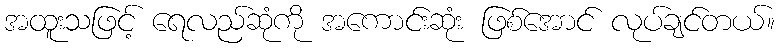
အထူးသဖြင့် ရေလည်ဆုံကို အကောင်းဆုံး ဖြစ်အောင် လုပ်ချင်တယ်။